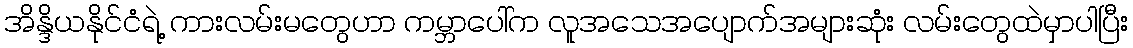
အိန္ဒိယနိုင်ငံရဲ့ ကားလမ်းမတွေဟာ ကမ္ဘာပေါ်က လူအသေအပျောက်အများဆုံး လမ်းတွေထဲမှာပါပြီး